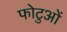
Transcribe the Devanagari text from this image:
फोटुओं